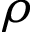
\rho